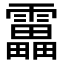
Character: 靁